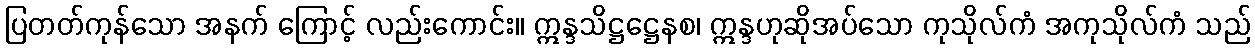
ပြတတ်ကုန်သော အနက် ကြောင့် လည်းကောင်း။ ဣန္ဒသိဋ္ဌဋ္ဌေနစ၊ ဣန္ဒဟုဆိုအပ်သော ကုသိုလ်ကံ အကုသိုလ်ကံ သည်